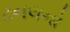
ટનલનો